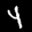
Label: 4